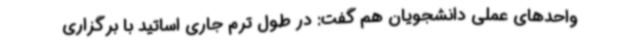
واحدهای عملی دانشجویان هم گفت: در طول ترم جاری اساتید با برگزاری